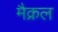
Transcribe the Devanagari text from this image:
मैक्रल